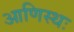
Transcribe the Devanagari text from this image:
आणिस्थः